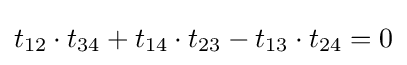
t_{12}\cdot t_{34}+t_{14}\cdot t_{23}-t_{13}\cdot t_{24}=0